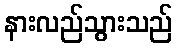
နားလည်သွားသည်